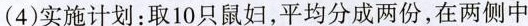
（4）实施计划：取10只鼠妇，平均分成两份，在两侧中